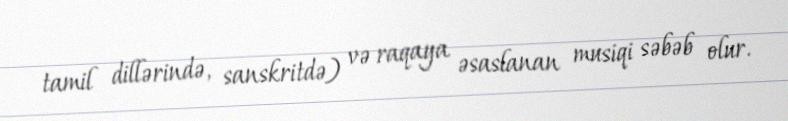
tamil dillərində, sanskritdə) və raqaya əsaslanan musiqi səbəb olur.